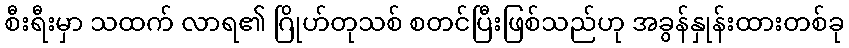
စီးရီးမှာ သထက် လာရ၏ ဂြိုဟ်တုသစ် စတင်ပြီးဖြစ်သည်ဟု အခွန်နှုန်းထားတစ်ခု